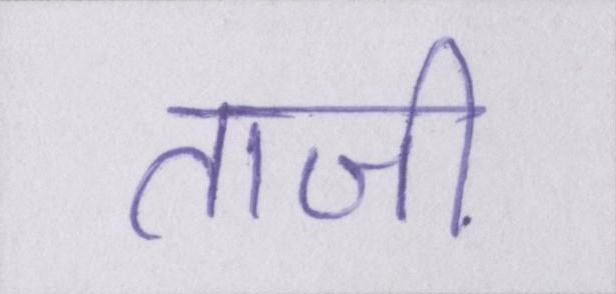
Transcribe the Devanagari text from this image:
ताजी